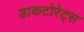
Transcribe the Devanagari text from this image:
डाकटोरेट्स